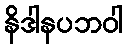
နိဒါနပဘဝါ